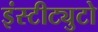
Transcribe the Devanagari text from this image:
इंस्टीट्युटो